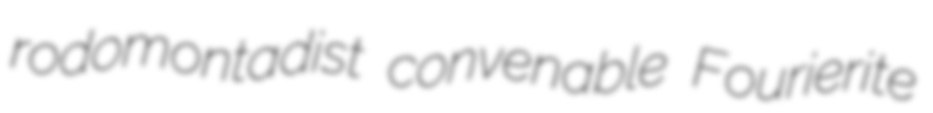
rodomontadist convenable Fourierite